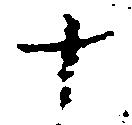
十